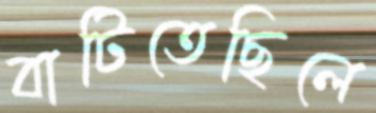
বাটিতেছিলে